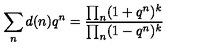
\sum _ { n } d ( n ) q ^ { n } = \frac { \prod _ { n } ( 1 + q ^ { n } ) ^ { k } } { \prod _ { n } ( 1 - q ^ { n } ) ^ { k } }